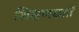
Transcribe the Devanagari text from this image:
शिक्षणखातें